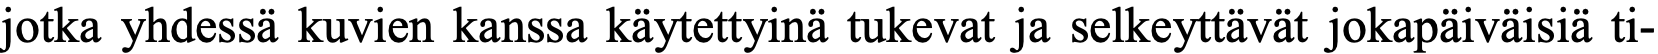
jotka yhdessä kuvien kanssa käytettyinä tukevat ja selkeyttävät jokapäiväisiä ti-